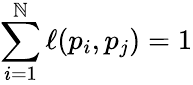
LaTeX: \sum_{i=1}^{\mathbb{N}}\ell(p_{i},p_{j})=1